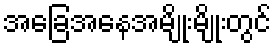
အခြေအနေအမျိုးမျိုးတွင်